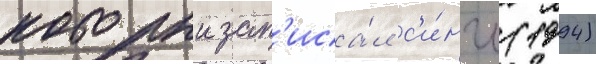
которыи зап'иса́л с'и́нгл (1994)